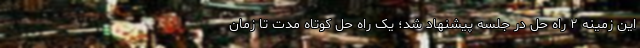
این زمینه ۲ راه حل در جلسه پیشنهاد شد؛ یک راه حل کوتاه مدت تا زمان